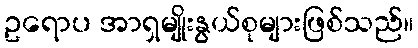
ဥရောပ အာရှမျိုးနွယ်စုများဖြစ်သည်။